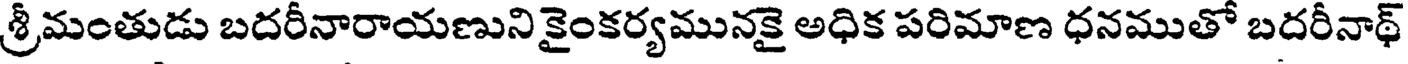
శ్రీమంతుడు బదరీనారాయణుని కైంకర్యమునకై అధిక పరిమాణ ధనముతో బదరీనాథ్